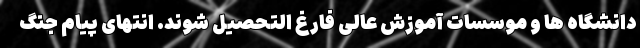
دانشگاه ها و موسسات آموزش عالی فارغ التحصیل شوند. انتهای پیام جنگ